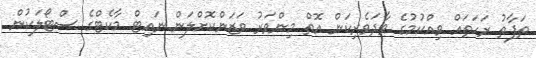
ތަފާތު ރަހަތައް ވިއްކުމުގެ ވާދަވެރިކަން އޮތް މިންވަރު ވަޒަންކޮށްލަން ނައިޓް މާކެޓްގެ ސްޓޯލަކުން